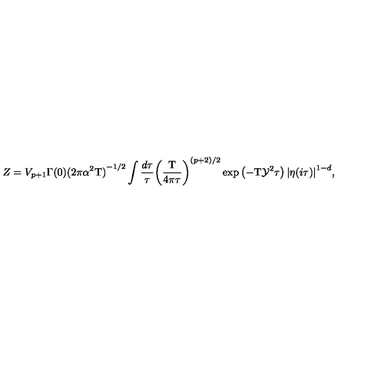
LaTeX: Z = { V _ { p + 1 } } \Gamma ( 0 ) { { ( 2 \pi { \alpha ^ { 2 } } \mathrm { T } ) } ^ { - 1 / 2 } } \int { \frac { d \tau } { \tau } } { { \left( { \frac { \mathrm { T } } { 4 \pi \tau } } \right) } ^ { ( p + 2 ) / 2 } } \exp \left( - \mathrm { T } { \mathcal { Y } ^ { 2 } } \tau \right) { { | \eta ( i \tau ) | } ^ { 1 - d } } ,